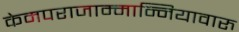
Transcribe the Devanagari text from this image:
केमपराजाम्मान्नियावारु